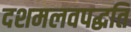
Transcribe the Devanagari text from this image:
दशमलवपद्धति